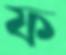
ফ